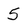
Character: 5